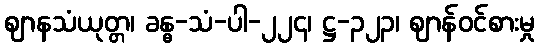
ဈာနသံယုတ္တ၊ ခန္ဓ-သံ-ပါ-၂၂၄၊ ဋ္ဌ-၃၂၃၊ ဈာန်ဝင်စားမှု